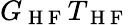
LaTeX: G_{\mathrm{~H~F~}}T_{\mathrm{~H~F~}}